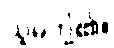
သူမတို့၏။